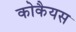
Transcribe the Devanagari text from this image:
कोकैयस